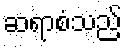
ဆရာစံသည်